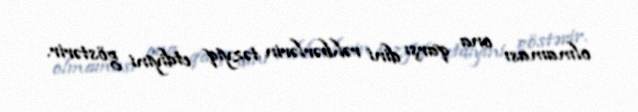
olmaması ona qarşı dini rəhbərlərin təzyiq etdiyini göstərir.